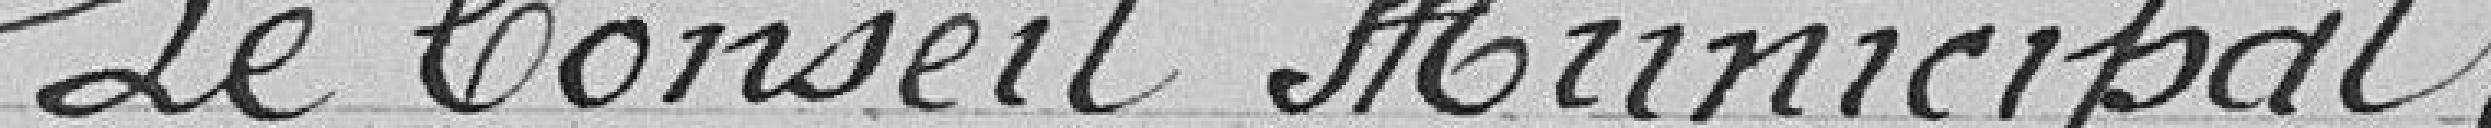
Le Conseil municipal,